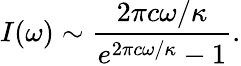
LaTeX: I(\omega)\sim\frac{2\pi c\omega/\kappa}{e^{2\pi c\omega/\kappa}-1}.